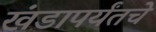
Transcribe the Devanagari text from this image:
खंडापर्यंतचे